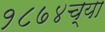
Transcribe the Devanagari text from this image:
१८७४च्या